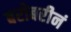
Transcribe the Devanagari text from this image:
बरोबरीनं